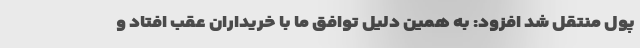
پول منتقل شد افزود: به همین دلیل توافق ما با خریداران عقب افتاد و